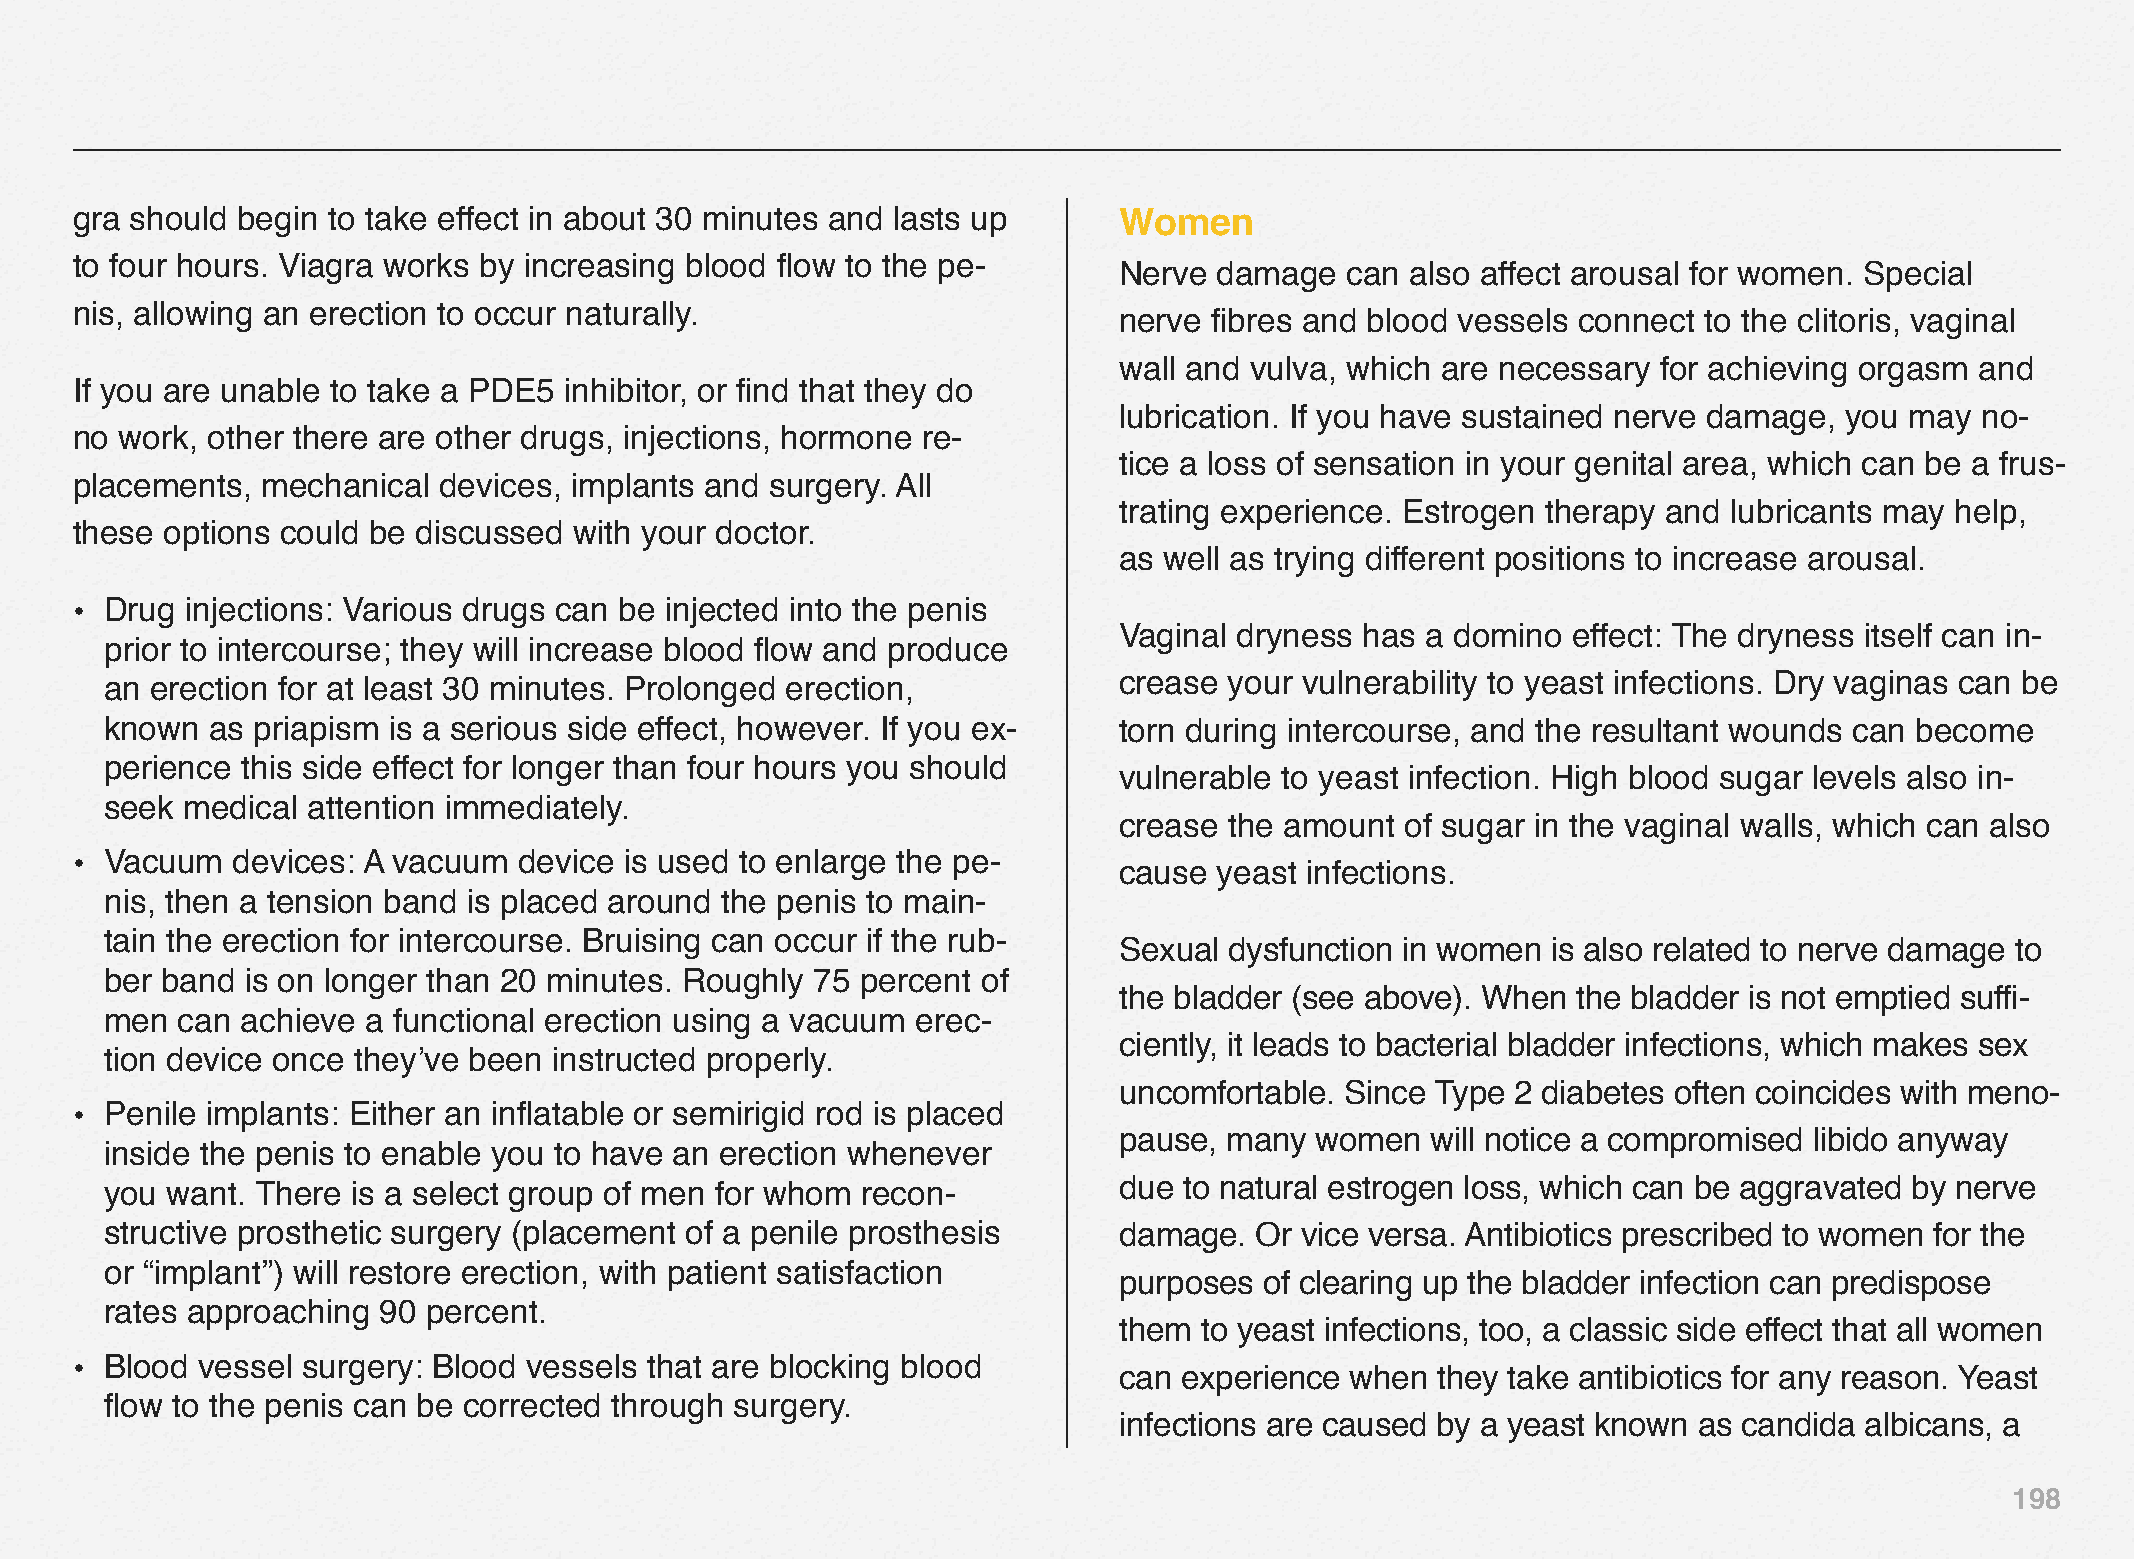
gra should begin to take effect in about 30 minutes and lasts up     Women
 to four hours. Viagra works by increasing blood flow to the pe-
 Nerve  damage  can also affect arousal for women. Special
 nis, allowing an erection to occur naturally.
 nerve fibres and blood vessels connect to the clitoris, vaginal
 wall and vulva, which are necessary for achieving orgasm and
 If you are unable to take a PDE5 inhibitor, or find that they do
 lubrication. If you have sustained nerve damage, you may no-
 no work, other there are other drugs, injections, hormone re-
 tice a loss of sensation in your genital area, which can be a frus-
 placements, mechanical  devices, implants and surgery. All
 trating experience. Estrogen therapy and lubricants may help,
 these options could be discussed with your doctor.
 as well as trying different positions to increase arousal.
 • Drug injections: Various drugs can be injected into the penis
 Vaginal dryness has a domino  effect: The dryness itself can in-
 prior to intercourse; they will increase blood flow and produce
 an erection for at least 30 minutes. Prolonged erection,           crease your vulnerability to yeast infections. Dry vaginas can be
 known  as priapism is a serious side effect, however. If you ex-   torn during intercourse, and the resultant wounds can become
 perience this side effect for longer than four hours you should
 vulnerable to yeast infection. High blood sugar levels also in-
 seek medical attention immediately.
 crease the amount  of sugar in the vaginal walls, which can also
 • Vacuum  devices: A vacuum  device is used to enlarge the pe-
 cause  yeast infections.
 nis, then a tension band is placed around the penis to main-
 tain the erection for intercourse. Bruising can occur if the rub-
 Sexual dysfunction in women  is also related to nerve damage to
 ber band is on longer than 20 minutes. Roughly 75 percent of
 the bladder (see above). When the bladder is not emptied suffi-
 men  can achieve a functional erection using a vacuum erec-
 ciently, it leads to bacterial bladder infections, which makes sex
 tion device once they’ve been instructed properly.
 uncomfortable. Since Type 2 diabetes often coincides with meno-
 • Penile implants: Either an inflatable or semirigid rod is placed
 pause, many  women   will notice a compromised libido anyway
 inside the penis to enable you to have an erection whenever
 you want. There is a select group of men for whom recon-           due to natural estrogen loss, which can be aggravated by nerve
 structive prosthetic surgery (placement of a penile prosthesis     damage.  Or vice versa. Antibiotics prescribed to women for the
 or “implant”) will restore erection, with patient satisfaction
 purposes  of clearing up the bladder infection can predispose
 rates approaching 90 percent.
 them to yeast infections, too, a classic side effect that all women
 • Blood vessel surgery: Blood vessels that are blocking blood
 can experience when  they take antibiotics for any reason. Yeast
 flow to the penis can be corrected through surgery.
 infections are caused by a yeast known as candida albicans, a
 198